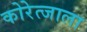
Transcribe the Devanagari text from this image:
कोरेत्जाला